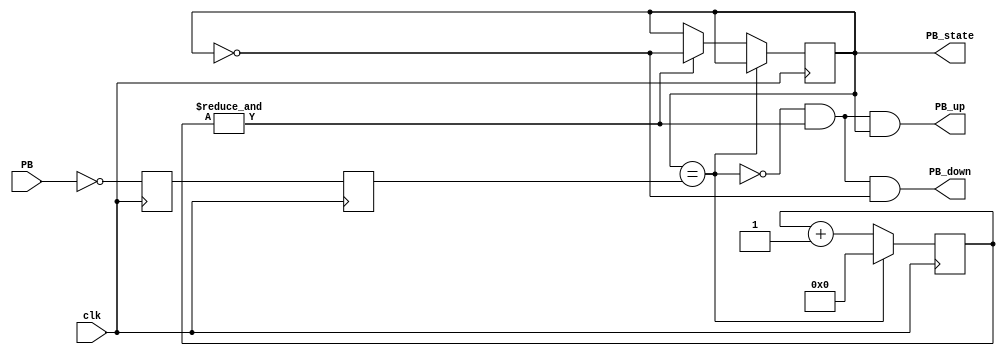
`timescale 1ns / 1ps
//////////////////////////////////////////////////////////////////////////////////
// Company: 
// Engineer: 
// 

// Revision 0.01 - File Created
// Additional Comments:
// 
//////////////////////////////////////////////////////////////////////////////////


module button_debouncer #(parameter depth = 16) (
   input clk,
 input PB,  // "PB" is the glitchy, asynchronous to clk, active low push-button signal

 // from which we make three outputs, all synchronous to the clock
 output reg PB_state,  // 1 as long as the push-button is active (down)
 output PB_down,  // 1 for one clock cycle when the push-button goes down (i.e. just pushed)
 output PB_up   // 1 for one clock cycle when the push-button goes up (i.e. just released)
);

// First use two flip-flops to synchronize the PB signal the "clk" clock domain
reg PB_sync_0;  always @(posedge clk) PB_sync_0 <= ~PB;  // invert PB to make PB_sync_0 active high
reg PB_sync_1;  always @(posedge clk) PB_sync_1 <= PB_sync_0;

// Next declare a 16-bits counter
reg [15:0] PB_cnt;

// When the push-button is pushed or released, we increment the counter
// The counter has to be maxed out before we decide that the push-button state has changed

wire PB_idle = (PB_state==PB_sync_1);
wire PB_cnt_max = &PB_cnt;    // true when all bits of PB_cnt are 1's

always @(posedge clk)
if(PB_idle)
 PB_cnt <= 0;  // nothing's going on
else
begin
 PB_cnt <= PB_cnt + 16'd1;  // something's going on, increment the counter
 if(PB_cnt_max) PB_state <= ~PB_state;  // if the counter is maxed out, PB changed!
end

assign PB_down = ~PB_idle & PB_cnt_max & ~PB_state;
assign PB_up   = ~PB_idle & PB_cnt_max &  PB_state;
endmodule